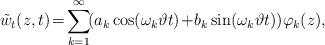
LaTeX: \begin{align*}\tilde{w}_{t}(z,t) & \!=\!\overset{\infty}{\underset{\mathop{k=1}}{\mathop{\sum}}}\!(a_{k}\cos(\omega_{k}\vartheta t)\!+\!b_{k}\sin(\omega_{k}\vartheta t))\varphi_{k}(z),\end{align*}